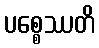
ပစ္စေဿတိ